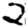
Digit: 2